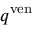
q ^ { \mathrm { v e n } }